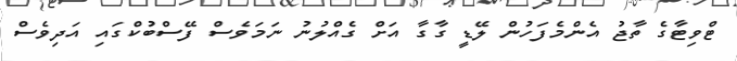
ޓްވިޓާގެ ތާޖު އެންމެފަހުން ލޭޑީ ގާގާ އަށް ގެއްލުނު ނަމަވެސް ފޭސްބުކްގައި އަދިވެސް